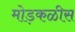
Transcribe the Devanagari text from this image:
मोड़कळीस